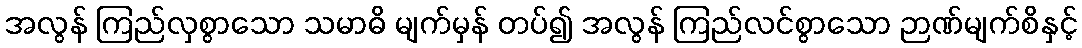
အလွန် ကြည်လှစွာသော သမာဓိ မျက်မှန် တပ်၍ အလွန် ကြည်လင်စွာသော ဉာဏ်မျက်စိနှင့်